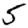
Digit: 5